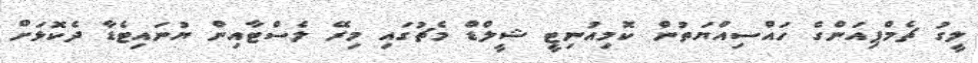
ލީގު ޗެމްޕިއަންގެ ހައްސިއްޔަތުން ކޮމިއުނިޓީ ޝީލްޑް މެޗުގައި މިރޭ ލެސްޓާއިން ޔުނައިޓެޑާ ދެކޮޅަށް